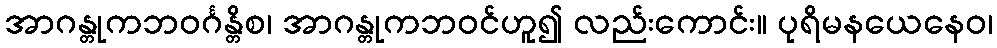
အာဂန္တုကဘဝင်္ဂန္တိစ၊ အာဂန္တုကဘဝင်ဟူ၍ လည်းကောင်း။ ပုရိမနယေနေဝ၊